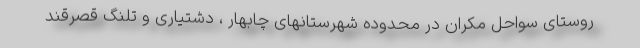
روستای سواحل مکران در محدوده شهرستانهای چابهار ، دشتیاری و تلنگ قصرقند